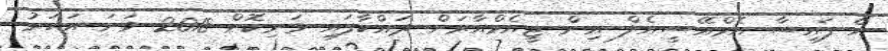
އެ ފައިސާ އެމްއޭސީއެލް އިން ޖީއެމްއާރަށް ދައްކާފައި ވަނިކޮށް 2018 ވަނަ އަހަރު